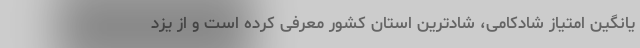
یانگین امتیاز شادکامی، شادترین استان کشور معرفی کرده است و از یزد